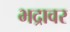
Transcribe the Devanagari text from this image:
भद्रावर